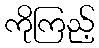
ကိုကြည့်